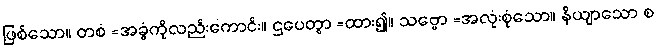
ဖြစ်သော။ တစံ =အခွံကိုလည်းကောင်း။ ဌပေတွာ =ထား၍။ သဗ္ဗော =အလုံးစုံသော။ နိယျာသော စ